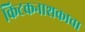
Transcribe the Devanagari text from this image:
किटकनाशकाचा